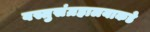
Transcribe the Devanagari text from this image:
वस्तुसंग्रहालयाकडे